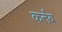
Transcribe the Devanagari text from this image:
कर्तब